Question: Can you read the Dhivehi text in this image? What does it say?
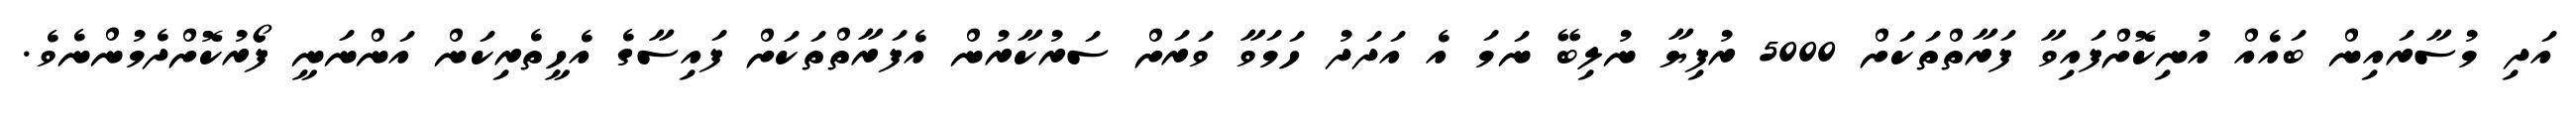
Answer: އަދި މުސާރައިން ބައެއް އުނިކޮށްފައިވާ ފަރާތްތަކަށް 5000 ރުފިޔާ ނުލިބޭ ނަމަ އެ އަދަދު ހަމަވާ ވަރަށް ސަރުކާރުން އެފަރާތްތަކަށް ފައިސާގެ އެހީތެރިކަން އަންނަނީ ފޯރުކޮށްދެމުންނެވެ.